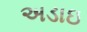
અડાઇ